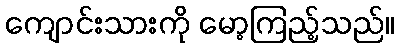
ကျောင်းသားကို မော့ကြည့်သည်။